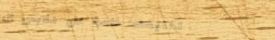
تخفيضات خاصة على ملابس ال